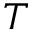
T